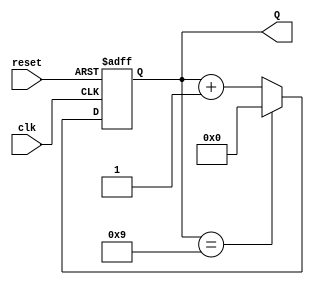
module decade_asynchronous_counter (
    input wire clk,       // Clock input
    input wire reset,     // Reset input
    output reg [3:0] Q    // 4-bit output for the counter
);

// Asynchronous Reset and Counting Logic
always @(posedge clk or posedge reset) begin
    if (reset) begin
        Q <= 4'b0000; // Reset the counter to 0
    end else begin
        if (Q == 4'b1001) begin
            Q <= 4'b0000; // Reset to 0 when count reaches 10 (1010)
        end else begin
            Q <= Q + 1; // Increment the counter
        end
    end
end

endmodule